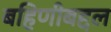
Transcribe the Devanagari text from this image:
बहिणीबद्दल